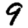
Digit: 9